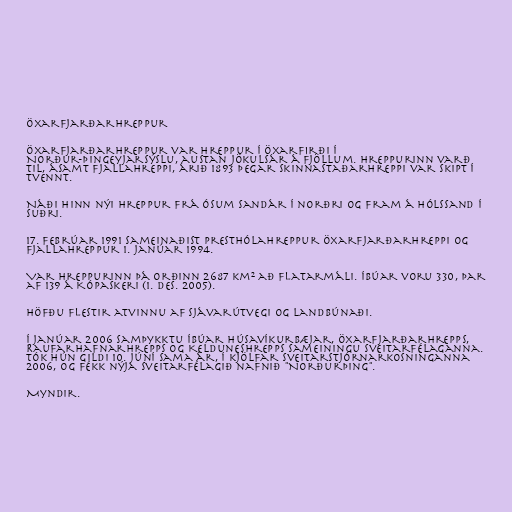
Öxarfjarðarhreppur

Öxarfjarðarhreppur var hreppur í Öxarfirði í
Norður-Þingeyjarsýslu, austan Jökulsár á Fjöllum. Hreppurinn varð
til, ásamt Fjallahreppi, árið 1893 þegar Skinnastaðarhreppi var skipt í
tvennt.

Náði hinn nýi hreppur frá ósum Sandár í norðri og fram á Hólssand í
suðri.

17. febrúar 1991 sameinaðist Presthólahreppur Öxarfjarðarhreppi og
Fjallahreppur 1. janúar 1994.

Var hreppurinn þá orðinn 2687 km² að flatarmáli. Íbúar voru 330, þar
af 139 á Kópaskeri (1. des. 2005).

Höfðu flestir atvinnu af sjávarútvegi og landbúnaði.

Í janúar 2006 samþykktu íbúar Húsavíkurbæjar, Öxarfjarðarhrepps,
Raufarhafnarhrepps og Kelduneshrepps sameiningu sveitarfélaganna.
Tók hún gildi 10. júní sama ár, í kjölfar sveitarstjórnarkosninganna
2006, og fékk nýja sveitarfélagið nafnið "Norðurþing".

Myndir.